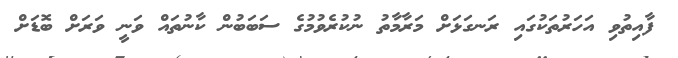
ފާއިތުވި އަހަރުތަކުގައި ރަނގަޅަށް މަރާމާތު ނުކުރެވުމުގެ ސަބަބުން ކާނުތައް ވަނީ ވަރަށް ބޮޑަށް